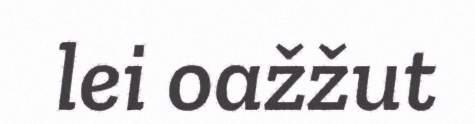
lei oažžut